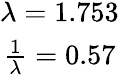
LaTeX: \begin{array}{c}{\lambda=1.753}\\ {\frac{1}{\lambda}=0.57}\end{array}